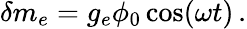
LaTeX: \delta m_{e}=g_{e}\phi_{0}\cos(\omega t)\, .